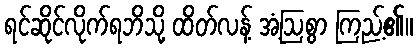
ရင်ဆိုင်လိုက်ရဘိသို့ ထိတ်လန့် အံ့ဩစွာ ကြည့်၏။